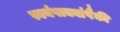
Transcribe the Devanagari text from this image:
स्वयंपाक्यांपैकी